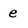
Character: e